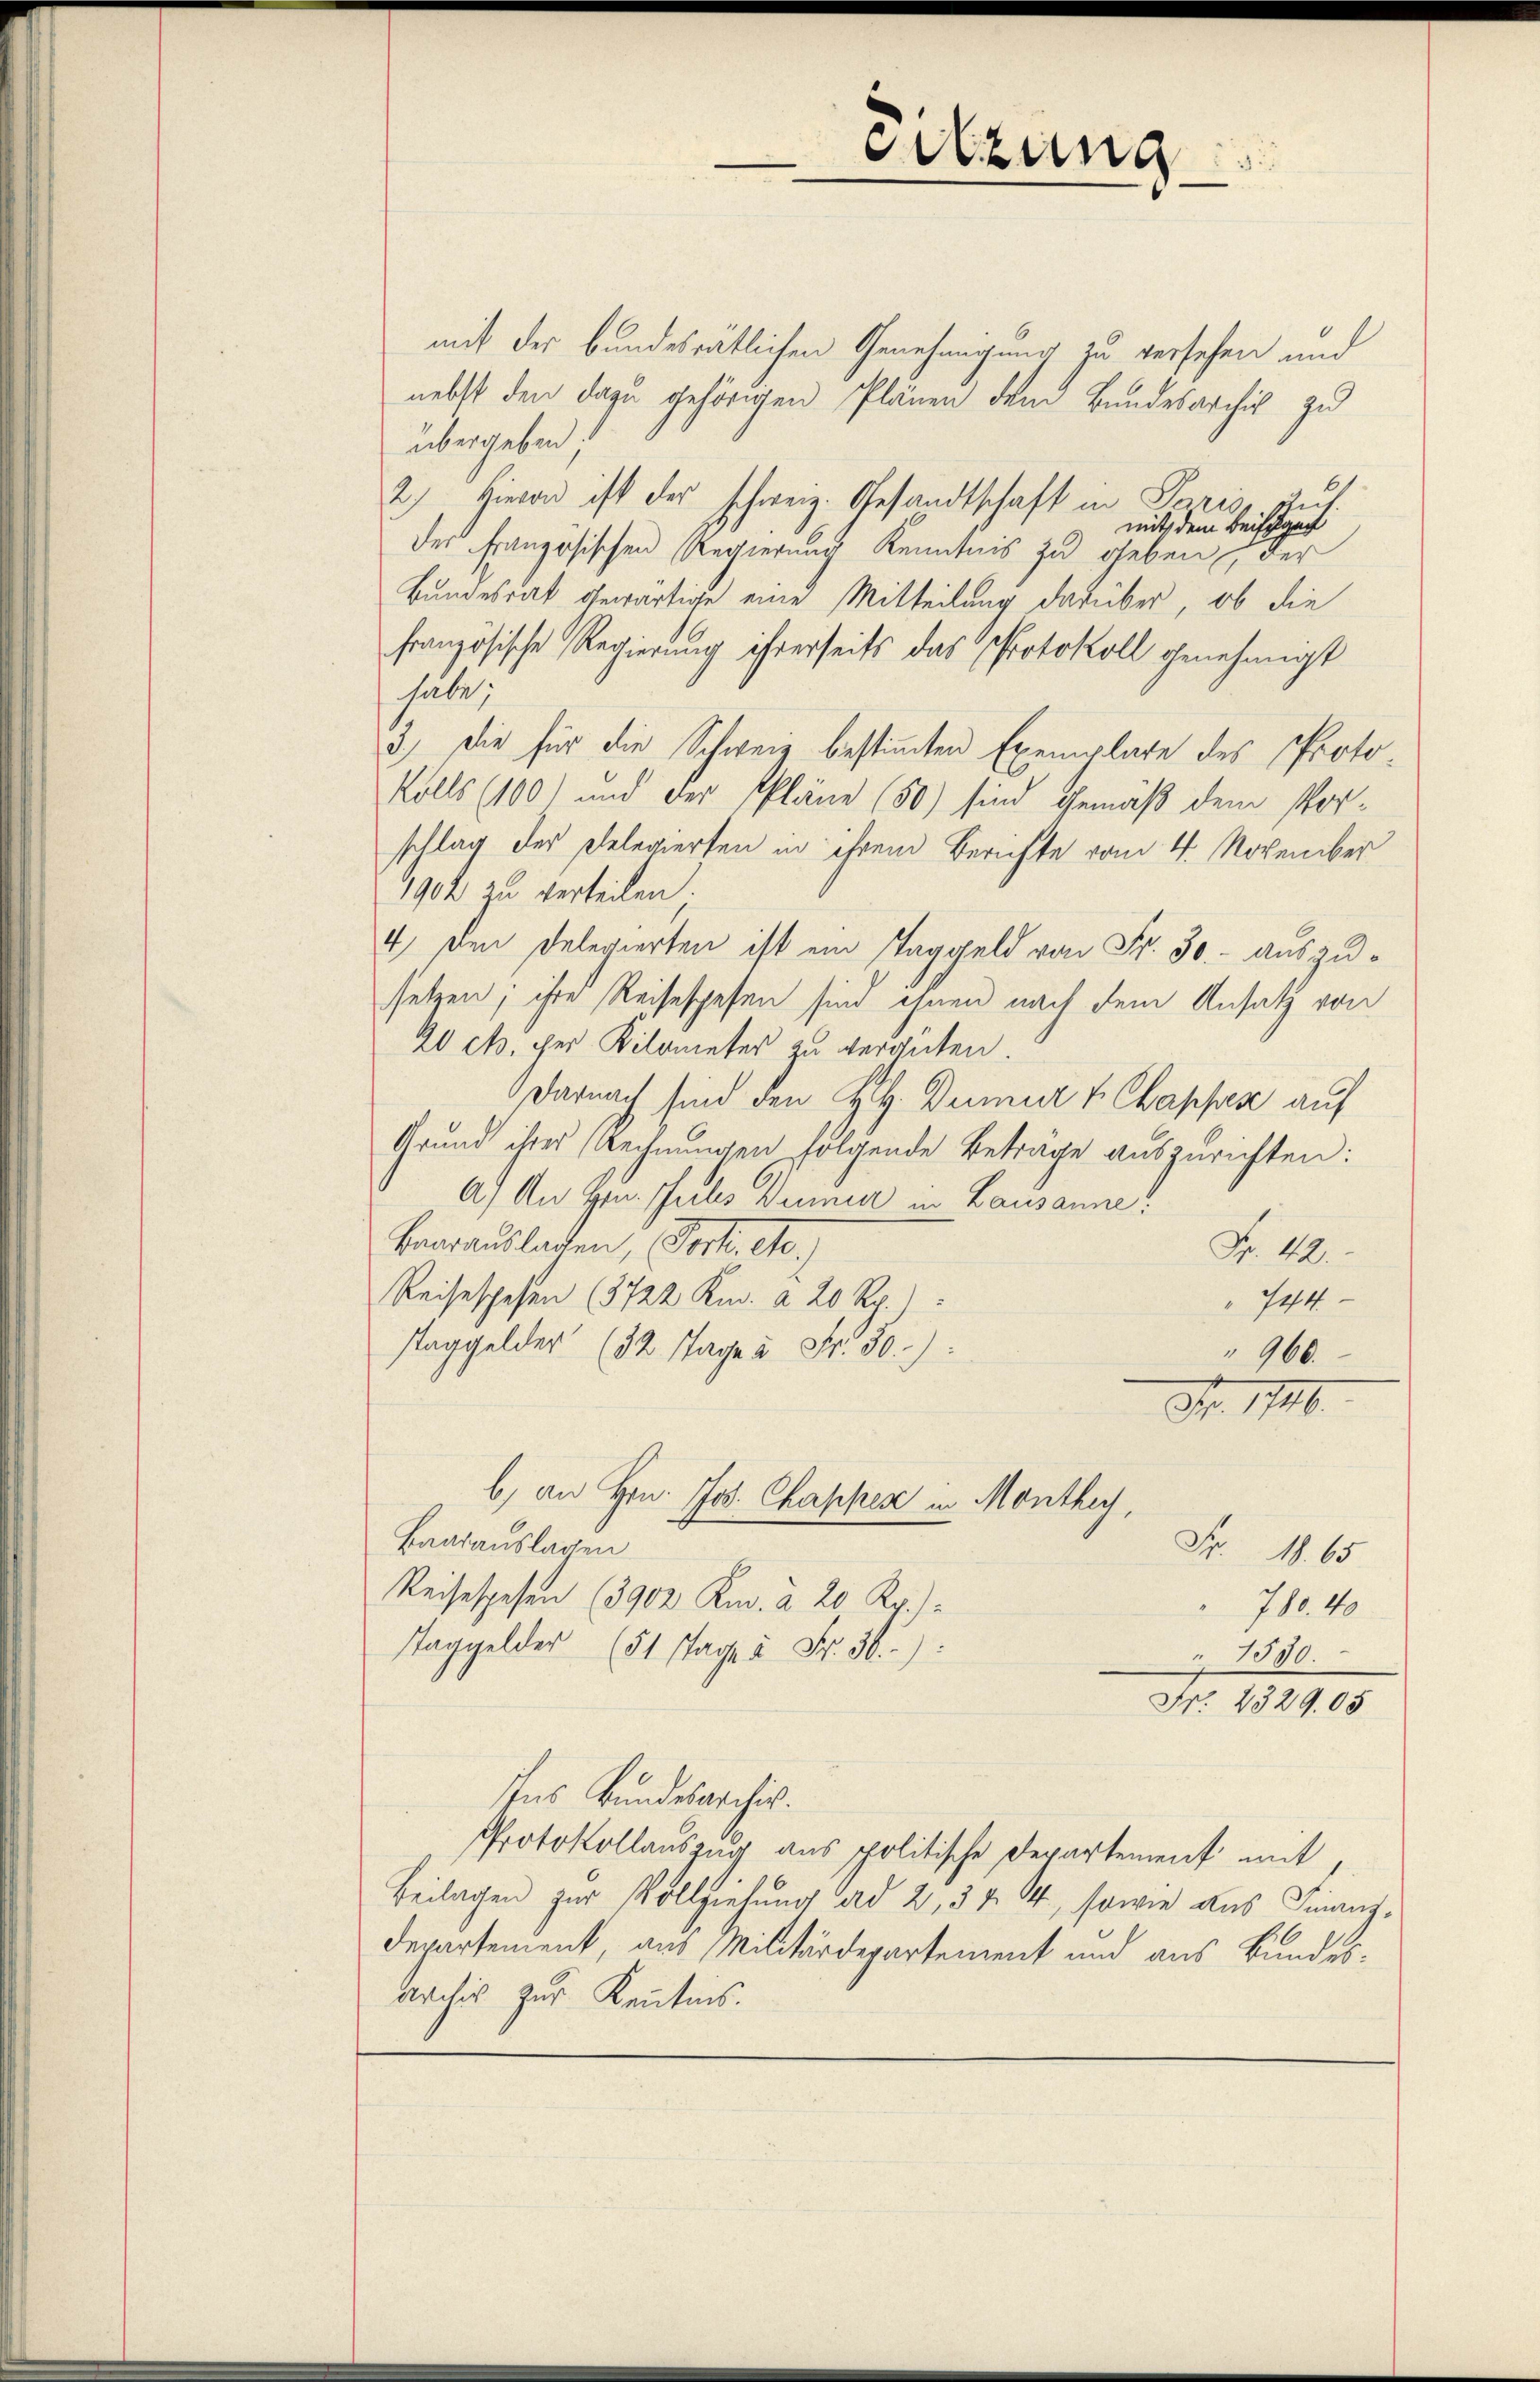
mit der bundesrätlichen Genehmigung zu versehen und
nebst den dazu gehörigen Plänen dem Bundesarchiv zu
übergeben.
61
2) Hievon ist der schweiz. Gesandtschaft in Paris.
mit dem Beifüge
der französischen Regierung Kenntnis zu geben der
Bundesrat gewärtige eine Mitteilung darüber, ob die
französische Regierung ihrerseits das Protokoll genehmigt
habe;
3.) Die für die Schweiz bestimmten Exemplare des Protokolls (100) und der Pläne (50) sind gemäß dem Vorschlag der Delegierten in ihrem Berichte vom 4. November
1902 zu verteilen.
4) den Delegierten ist ein Taggeld von Fr. 30. - auszusetzen; ihre Reisespesen sind ihnen nach dem Ansatz von
20 cts. der Kilometer zu vergüten.
Darnach sind den H. Dumur v. Chappen auf
Grund ihrer Rechnungen folgende Beträge auszurichten:
A.) An Hrn. Puls Dumer in Lausanne
Baarausladen, Post. A.)
Nr. 40.
Reise spesen (3722 Kr. a 20 Rp.
744
staggelder (32 Tage à Fr. 30):
966.
Nr. 1746.
b) an Hrn. Jos. Chappen in Monthey,
Baarauslagen
Fr. 18. 65
Reisespesen (3902 Kr. a 20 Rp.)
710. 40
Taggelder (51 Tage à Fr. 30.)
1550.
Fr. 2329. 05
Ins Bundesarchiv.
Protokollauszug aus politische Departement mit,
Beilagen zur Vollziehŭng ad 2, 3 & 44, sowie aus Finanz-
Departement, aus Militärdepartement und aus Bundes¬
Archis zur Kenntnis.

Sitzung